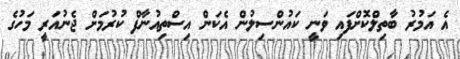
އެ އަމުރު ބާތިލްކޮށްފައި ވަނީ ކައުންސިލުން އެކަން އިސްތިއުނާފް ކުރުމަށް ޖެނުއަރީ މަހުގެ